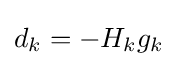
d_{k}=-H_{k}g_{k}